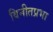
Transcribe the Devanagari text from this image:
विनीतप्रभा